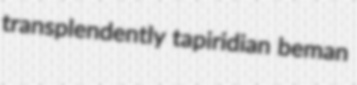
transplendently tapiridian beman